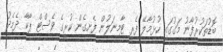
ބޮޑުތަކުރުފާނު މަގުގައި ހުޅުމާލޭ ފެރީ ޓާމިނަލުން ފެށިގެން ކުރީގެ ވެސްޓް ޕާކާ ދެމެދު